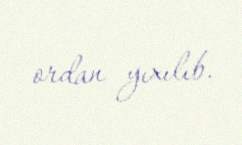
ordan yıxılıb.